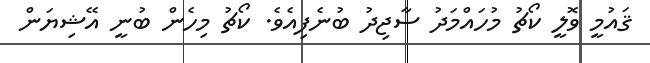
ޤައުމީ ވޮލީ ކޯޗު މުހައްމަދު ސާޖިދު ބުނެފިއެވެ. ކޯޗު މިހެން ބުނީ އޭޝިޔަން